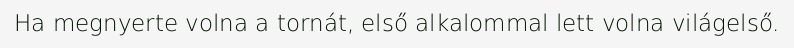
Ha megnyerte volna a tornát, első alkalommal lett volna világelső.